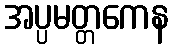
အပ္ပမတ္တကေန